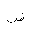
Letter: _dad